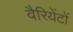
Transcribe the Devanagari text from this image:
वैरियेंटों